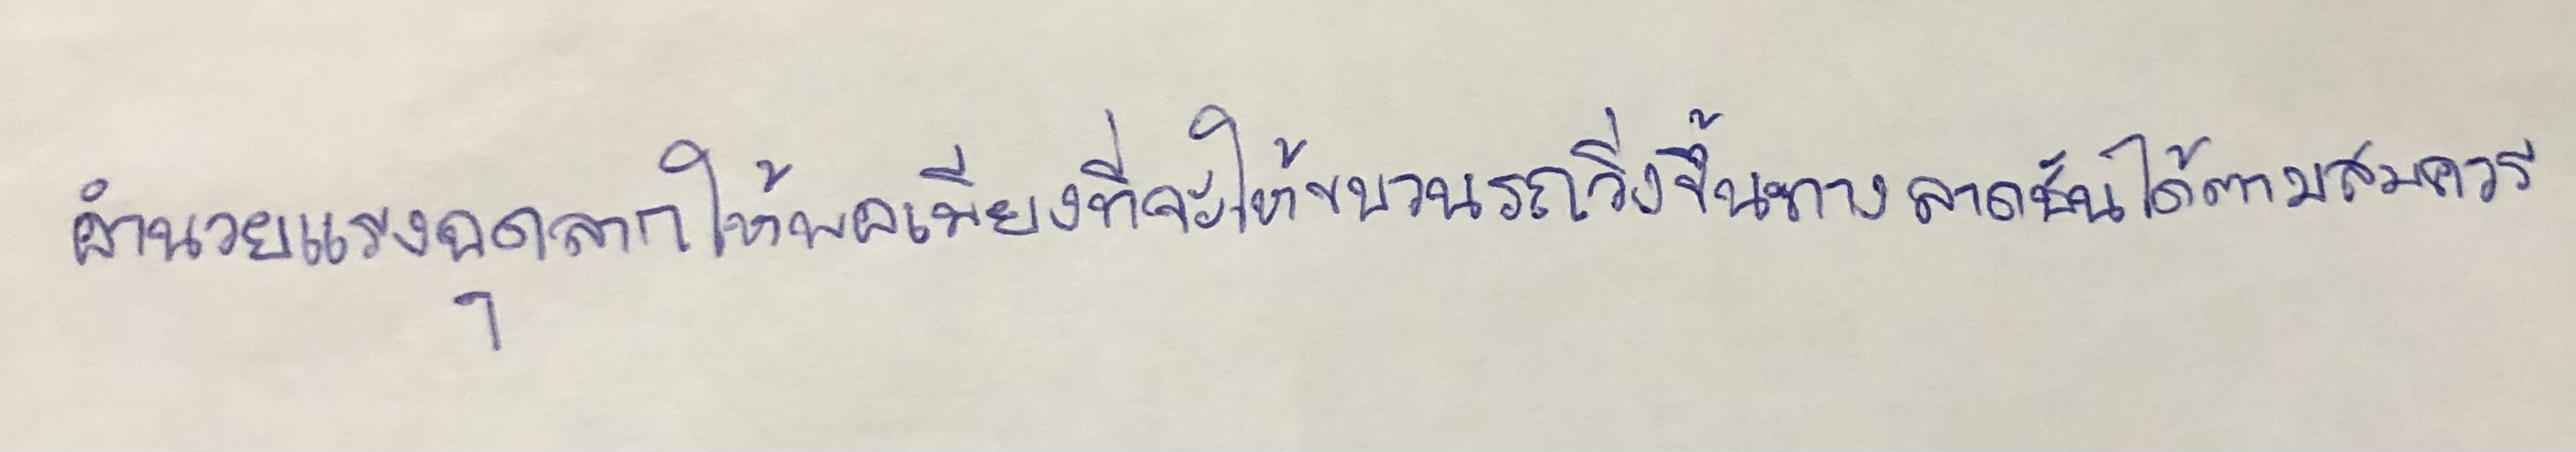
อำนวยแรงฉุดลากให้พอเพียงที่จะให้ขบวนรถวิ่งขึ้นทางลาดชันได้ตามสมควร